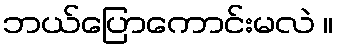
ဘယ်ပြောကောင်းမလဲ ။